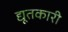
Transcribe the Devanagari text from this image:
द्यूतकारी